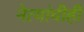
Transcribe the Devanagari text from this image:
नेत्यांचीही